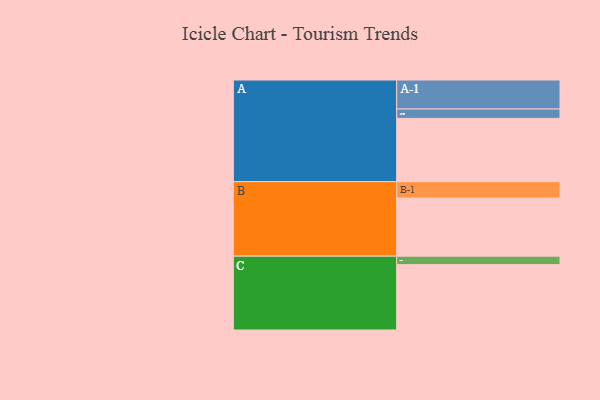
{"axis": {"x": "Segment", "y": "Value"}, "legend": ["", "A", "B", "C"], "data": [{"x": "A", "y": 567, "type": ""}, {"x": "B", "y": 521, "type": ""}, {"x": "C", "y": 586, "type": ""}, {"x": "A-1", "y": 260, "type": "A"}, {"x": "A-2", "y": 84, "type": "A"}, {"x": "B-1", "y": 147, "type": "B"}, {"x": "C-1", "y": 76, "type": "C"}]}